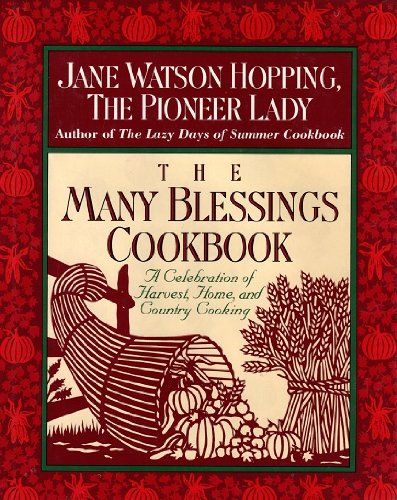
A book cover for The Many Blessings Cookbook: A Celebration of Harvest, Home, and Country Cooking; Jane Watson Hopping; Cookbooks, Food & Wine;